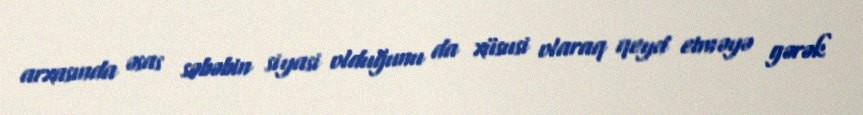
arxasında əsas səbəbin siyasi olduğunu da xüsusi olaraq qeyd etməyə gərək